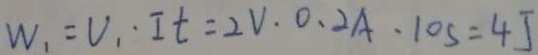
W _ { 1 } = V _ { 1 } \cdot I t = 2 V . 0 . 2 A \cdot 1 0 s = 4 J